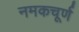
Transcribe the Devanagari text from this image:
नमकचूर्ण